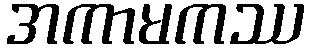
အကာမကဿ